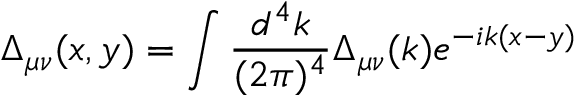
\Delta _ { \mu \nu } ( x , y ) = \int { \frac { d ^ { 4 } k } { ( 2 \pi ) ^ { 4 } } } \Delta _ { \mu \nu } ( k ) e ^ { - i k ( x - y ) }